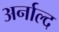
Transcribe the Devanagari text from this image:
अर्नाल्द